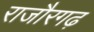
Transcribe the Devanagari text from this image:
राजौरगढ़